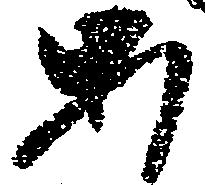
あ